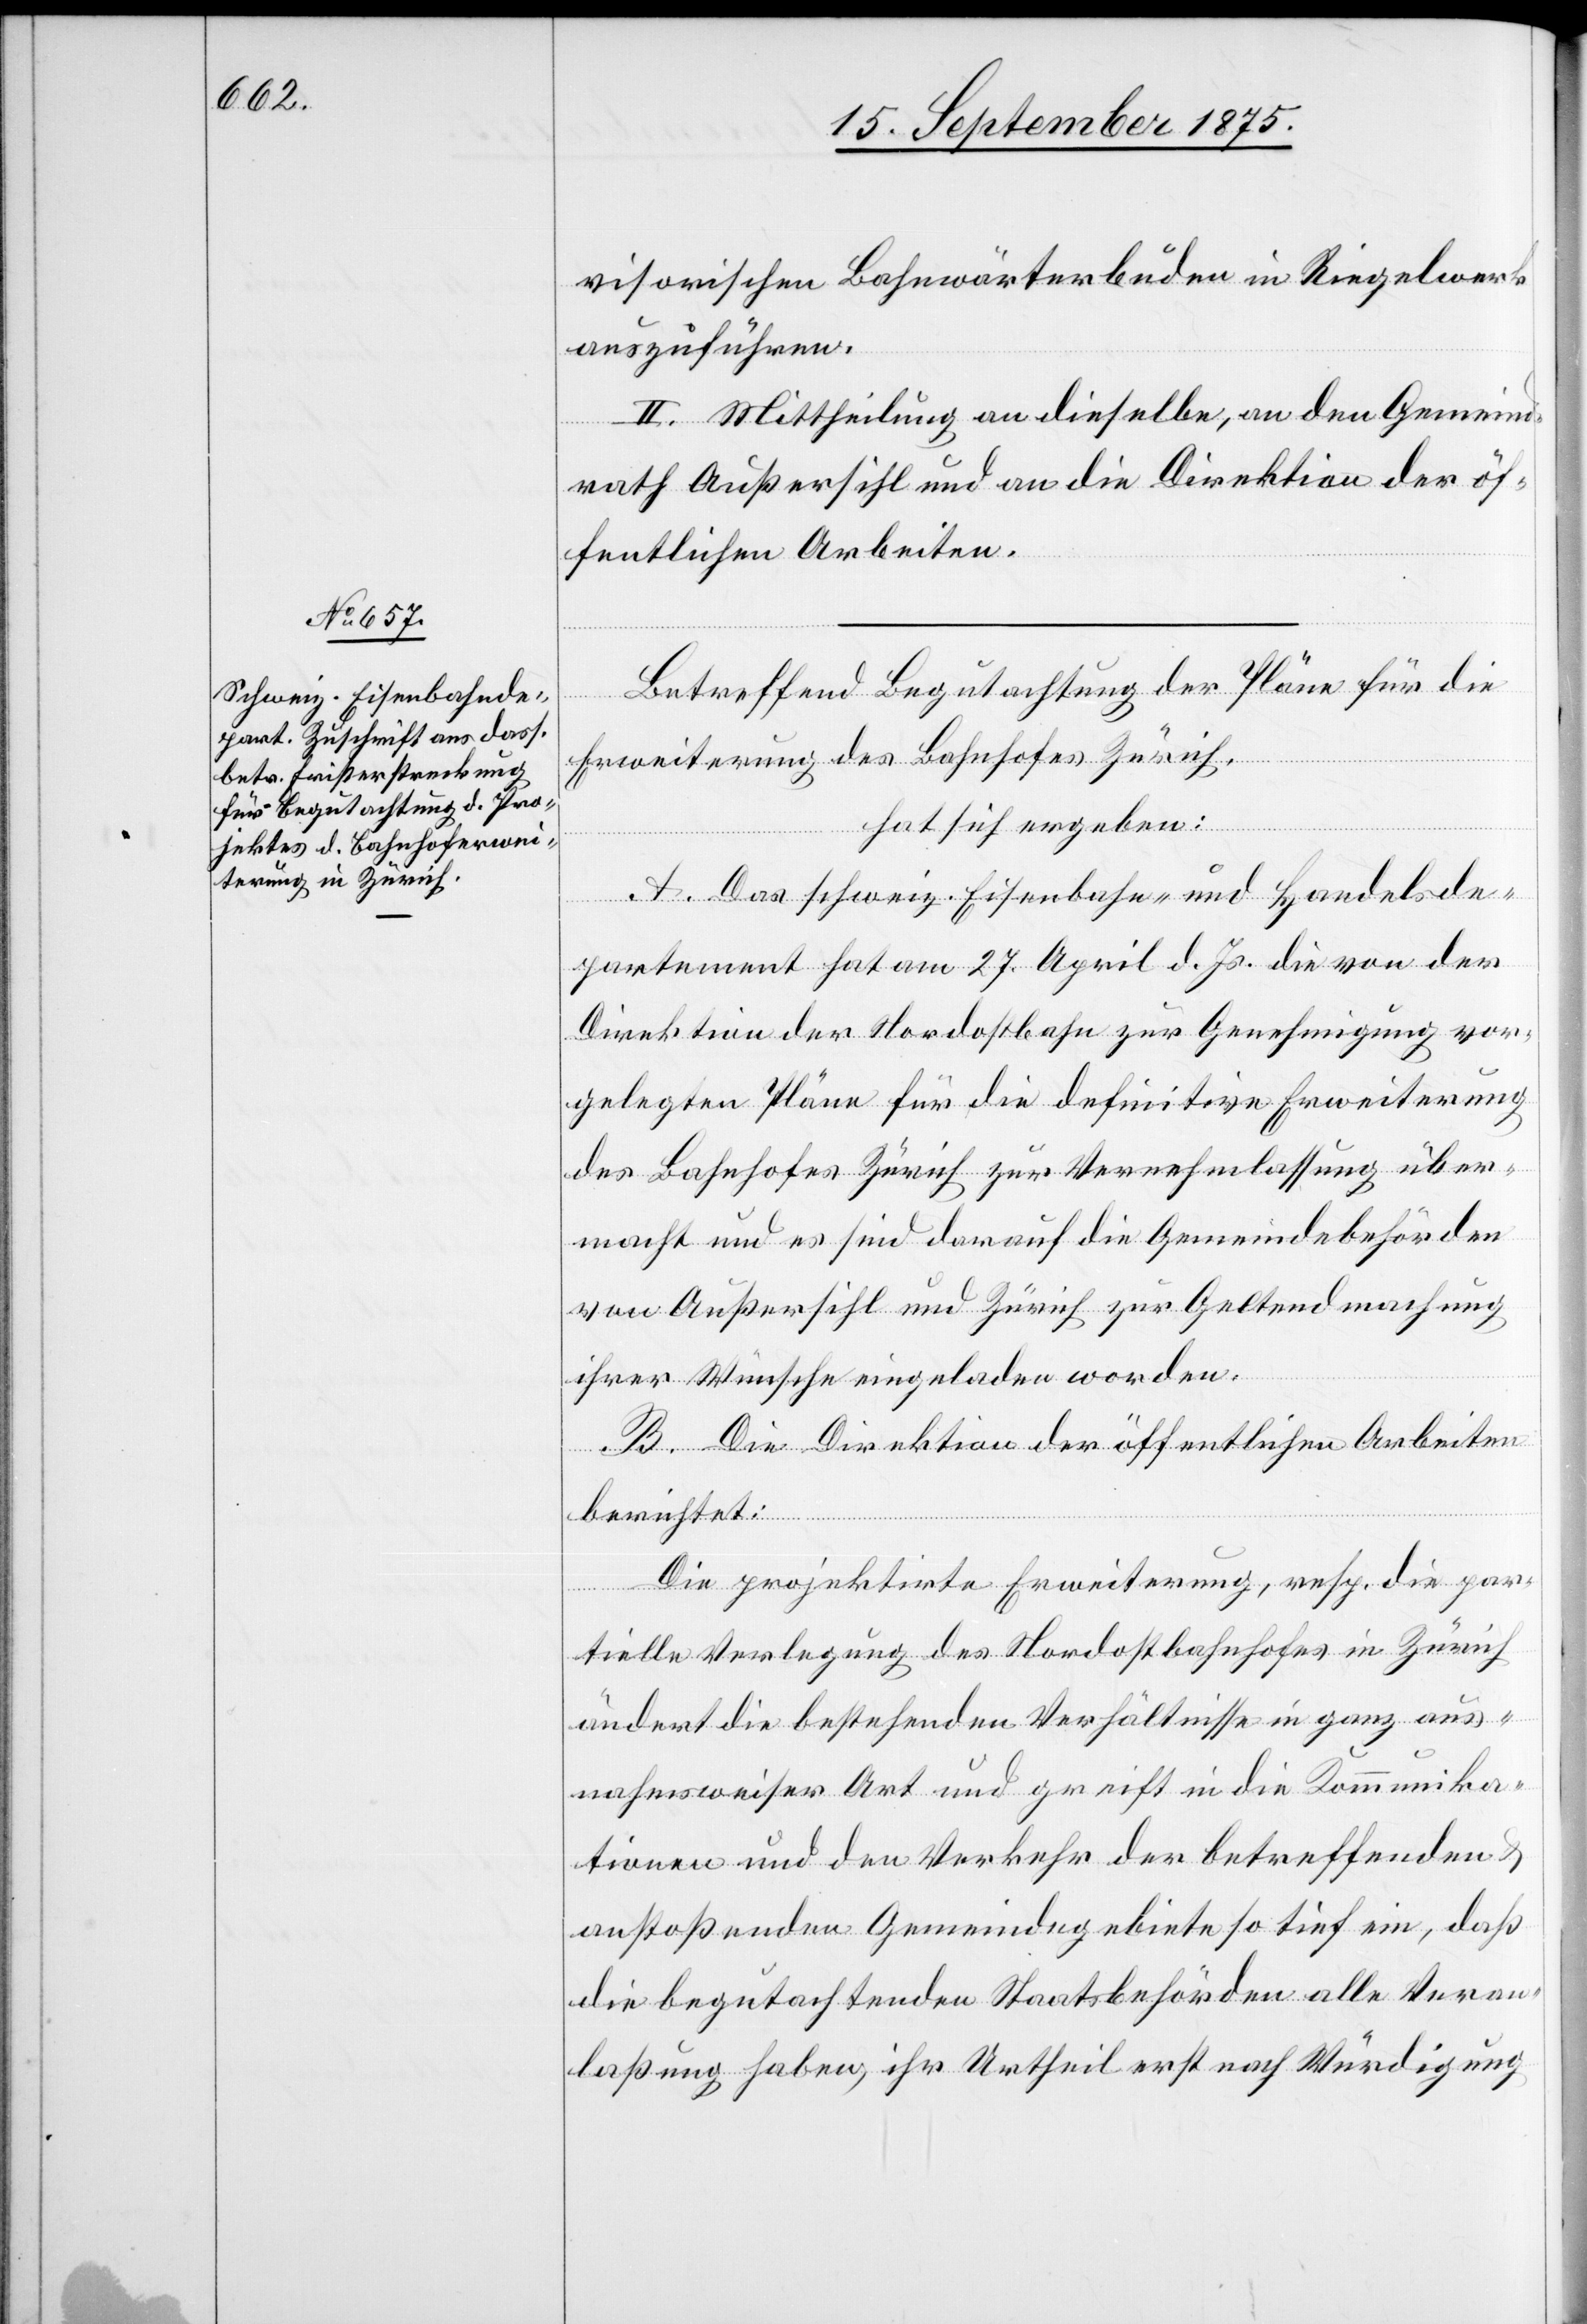
visorischen Bahnwärterbuden in Riegelwerk
auszuführen.
II. Mittheilung an dieselbe, an den Gemeind¬
rath Außersihl und an die Direktion der öf¬
fentlichen Arbeiten.
Betreffend Begutachtung der Pläne für die
Erweiterung des Bahnhofes Zürich,
hat sich ergeben:
A. Das schweiz. Eisenbahn- und Handelsde¬
partement hat am 27. April d. Js. die von der
Direktion der Nordostbahn zur Genehmigung vor¬
gelegten Pläne für die definitive Erweiterung
des Bahnhofes Zürich zur Vernehmlassung über¬
macht und es sind darauf die Gemeindebehörden
von Außersihl und Zürich zur Geltendmachung
ihrer Wünsche eingeladen worden.
B. Die Direktion der öffentlichen Arbeiten
berichtet:
Die projektirte Erweiterung, resp. die par¬
tielle Verlegung des Nordostbahnhofes in Zürich
ändert die bestehenden Verhältnisse in ganz aus¬
nahmsweiser Art und greift in die Kommunika¬
tionen und den Verkehr der betreffenden
anstoßenden Gemeindegebiete so tief ein, daß
die begutachtenden Staatsbehörden alle Veran¬
laßung haben[,] ihr Urtheil erst nach Würdigung